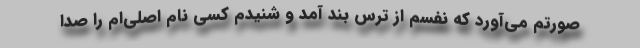
صورتم می‌آورد که نفسم از ترس بند آمد و شنیدم کسی نام اصلی‌ام را صدا